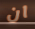
ان